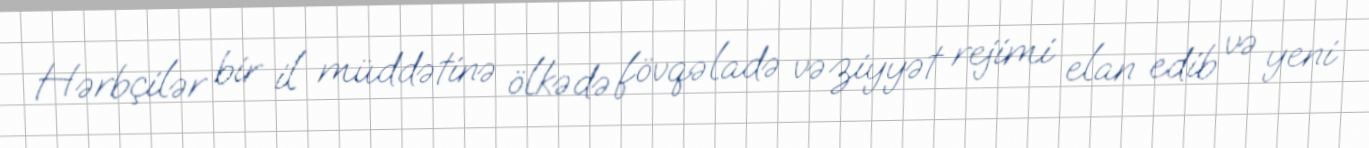
Hərbçilər bir il müddətinə ölkədə fövqəladə vəziyyət rejimi elan edib və yeni